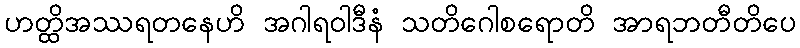
ဟတ္ထိအဿရတနေဟိ အဂါရဝါဒီနံ သတိဂေါစရောတိ အာရဘတီတိပေ